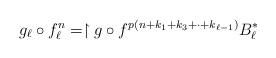
LaTeX: \begin{align*}g_\ell\circ f_\ell^n=\restriction{g\circ f^{p(n+k_1+k_3+\cdot+k_{\ell-1})}}{B_\ell^*}\end{align*}